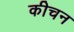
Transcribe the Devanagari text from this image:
कीचन